Annual report on the mental hospital in the Central Provinces and Berar (Nagpur) - 1927-1951
Year: 1927
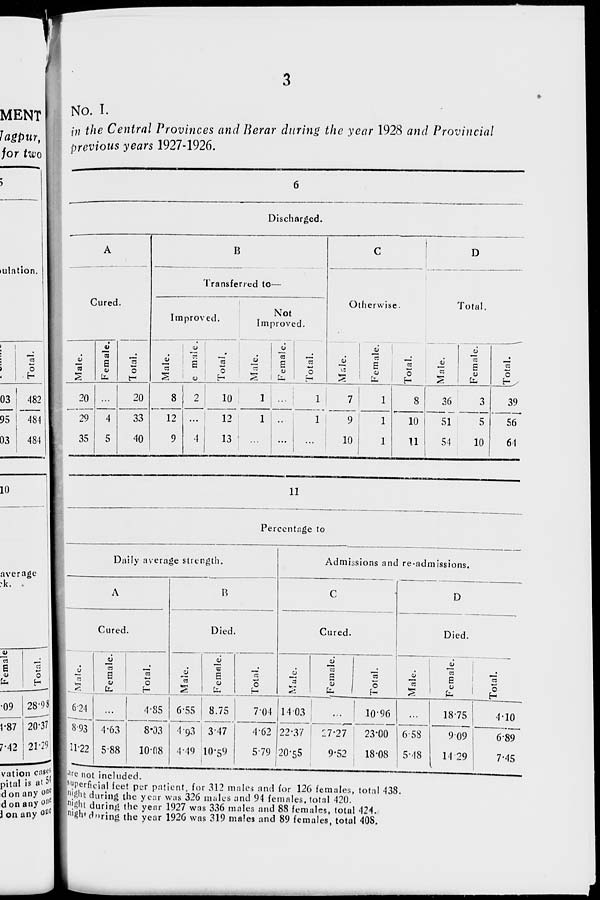
3
No. I.
in the Central Provinces and Berar during the year 1928 and Provincial
previous years 1927-1926.
6
Discharged.
A
Cured.
Male.
20
29
35
Female.
...
4
5
Total.
20
33
40
B
Transferred to—
Improved.
Male.
8
12
9
Female.
2
...
4
Total.
10
12
13
Not
Improved.
Male.
1
1
...
Female.
...
...
...
Total.
1
1
...
C
Otherwise.
Male.
7
9
10
Female.
1
1
1
Total.
8
10
11
D
Total.
Male.
36
51
54
Female.
3
5
10
Total.
39
56
64
11
Percentage to
Daily average strength.
A
Cured.
Male.
6 24
8.93
11.22
Female.
...
4.63
5.88
Total.
4.85
8.03
10.08
B
Died.
Male.
6.55
4.93
4.49
Female.
8.75
3.47
10.59
Total.
7.04
4 62
5.79
Admissions and re-admissions.
C
Cured.
Male.
14.03
22.37
20.55
Female.
...
27.27
9.52
Total.
10.96
23.00
18.08
D
Died.
Male.
...
6.58
5.48
Female.
18.75
9.09
14.29
Total.
4.10
6.89
7.45
are not included.
superficial feet per patient, for 312 males and for 126 females, total 438.
night during the year was 326 males and 94 females, total 420.
night during the year 1927 was 336 males and 88 females, total 424.
night during the year 1926 was 319 males and 89 females, total 408.